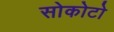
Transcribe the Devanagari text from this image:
सोकोटो